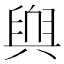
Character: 𮍬